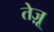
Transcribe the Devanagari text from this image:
तेज़ू